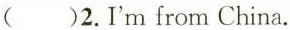
( )2.I'm from China.